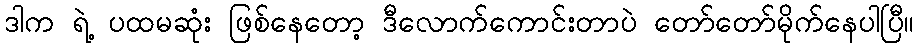
ဒါက ရဲ့ ပထမဆုံး ဖြစ်နေတော့ ဒီလောက်ကောင်းတာပဲ တော်တော်မိုက်နေပါပြီ။